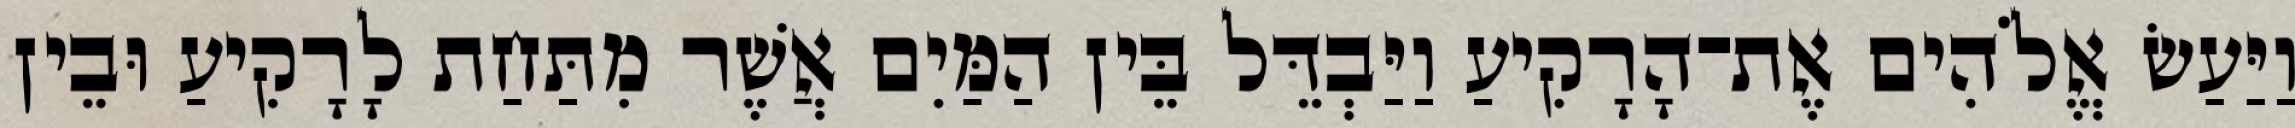
וַיַּעַשׂ אֱלֹהִים אֶת־הָרָקִיעַ וַיַּבְדֵּל בֵּין הַמַּיִם אֲשֶׁר מִתַּחַת לָרָקִיעַ וּבֵין